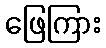
ဖြေကြား